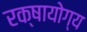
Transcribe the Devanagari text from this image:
रक्षायोग्य